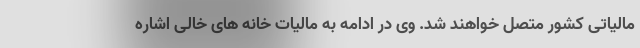
مالیاتی کشور متصل خواهند شد. وی در ادامه به مالیات خانه های خالی اشاره